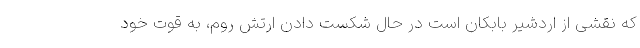
که نقشی از اردشیر بابکان است در حال شکست دادن ارتش روم، به قوت خود